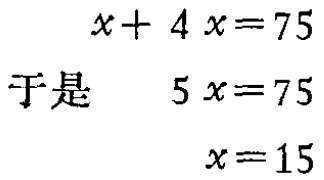
\[

\begin{align*}

x + 4x&=75\\

\text{于是}\quad 5x&=75\\

x&=15

\end{align*}

\]